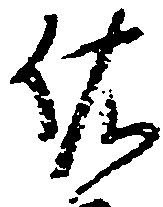
依